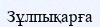
Зұлпықарға